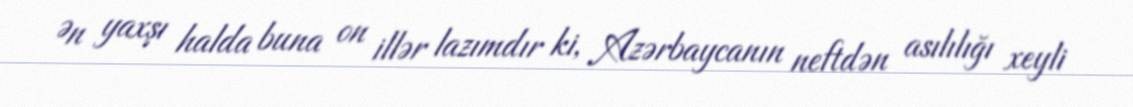
Ən yaxşı halda buna on illər lazımdır ki, Azərbaycanın neftdən asılılığı xeyli